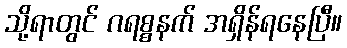
သို့ရာတွင် ဂရစ္စနက် အရှိန်ရနေပြီ။